Annual administration report of the Civil Veterinary Department of India - 1895-1896
Year: 1895
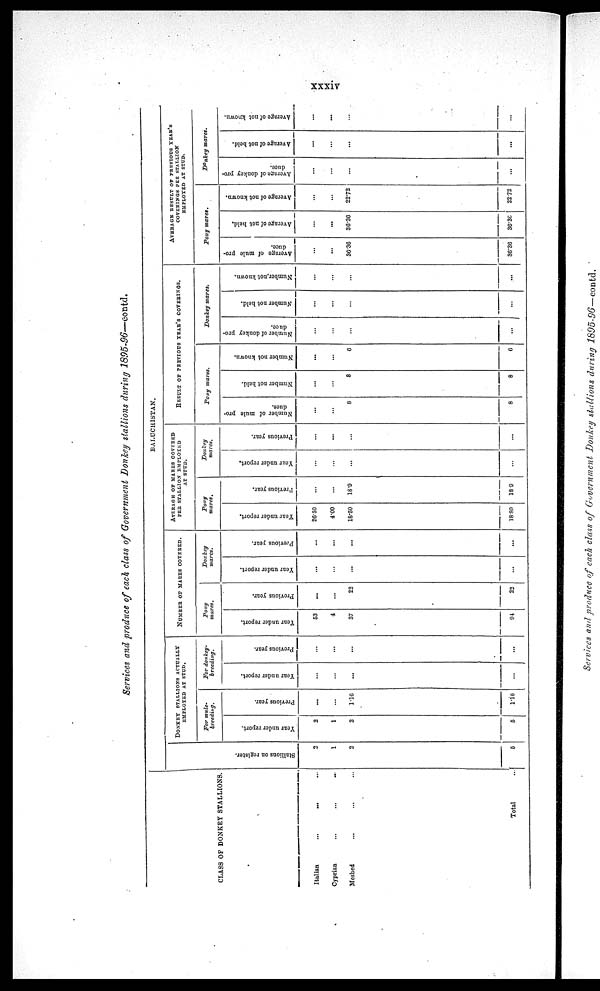
xxxiv
Services and produce of each class of Government Donkey stallions during 1895-96—contd.
CLASS OF DONKEY STALLIONS.
Italian ... ... ...
Cyprian ... ... ...
Meshed ... ... ...
Total ...
BALUCHISTAN
Stallions on register.
2
1
2
6
DONKEY STALLION ACTUALLY
EMPLOYED AT STUD.
For mule-
breeding.
Year under report.
2
1
2
5
Previous year.
...
...
1.16
1.16
For donkey-
breeding.
Year under report.
...
...
...
...
Previous year.
...
...
...
...
NUMBER OF MARES COVERED
Pony
mares.
Year under report.
53
4
37
94
Previous year.
...
...
22
22
Donkey
mares.
Year under report.
...
...
...
...
Previous year.
...
...
...
...
AVERAGE OF MARES COVERED
PER STALLION EMPLOYED
AT STUD.
Pony
mares.
Year under report.
26.50
4.00
18.50
18.80
Previous year.
...
...
18.9
18.0
Donkey
Year under report.
...
...
...
...
Previous year.
...
...
...
...
RESULT OF PREVIOUS YEAR'S COVERINGS.
Pony mares.
Number of mule pro-
duce.
...
...
8
8
Number not held.
...
...
8
8
Number not known.
...
...
6
6
Donkey mares.
Number of donkey pro-
duce.
...
...
...
...
Number
not held.
...
...
...
...
Number
not known.
...
...
...
...
AVERAGE RESULT OF PREVIOUS YEAR's
COVERINGS PER STALLION
EMPLOYED AT STUD.
Pony
mares.
Average of mule pro-
duce.
...
...
36.36
36.36
Average of not held.
...
...
36.36
36.30
Average of not known.
...
...
22.72
22.72
Donkey
marcs.
Average
of donkey pro-
duce.
...
...
...
...
Average of not held.
...
...
...
...
Average of not known.
...
...
...
...